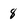
Character: 8